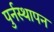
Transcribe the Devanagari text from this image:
पुर्नस्थापन